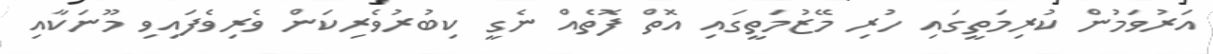
އަރުވަމުން ކުރިމަތީގައި ހުރި މޭޒުމަތީގައި އޮތް ފޮތެއް ނެގީ ކިބުރުވެރިކަން ވެރިވެފައިވި މޫނަކާއި